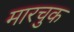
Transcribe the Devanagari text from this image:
मारचुक